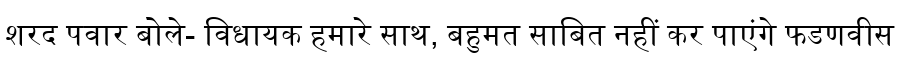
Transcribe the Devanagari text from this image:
शरद पवार बोले- विधायक हमारे साथ, बहुमत साबित नहीं कर पाएंगे फडणवीस